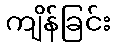
ကျိန်ခြင်း